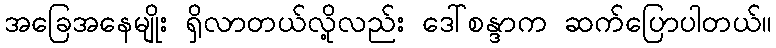
အခြေအနေမျိုး ရှိလာတယ်လို့လည်း ဒေါ်စန္ဒာက ဆက်ပြောပါတယ်။